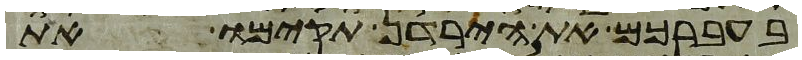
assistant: בעברכם את הירדן תקימו את